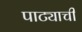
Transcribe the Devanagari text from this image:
पाट्याची